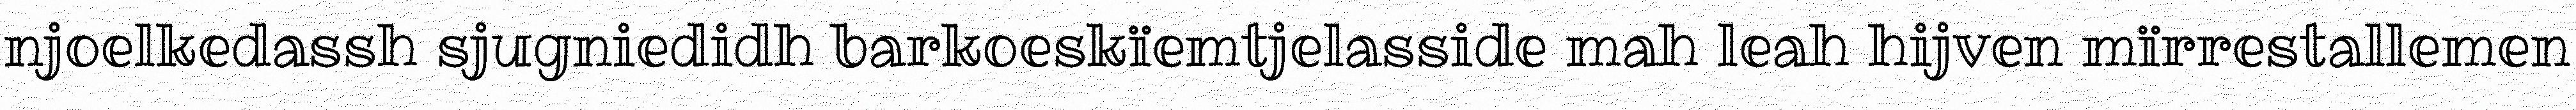
njoelkedassh sjugniedidh barkoeskïemtjelasside mah leah hijven mïrrestallemen